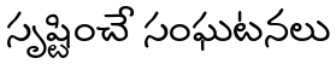
సృష్టించే సంఘటనలు